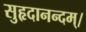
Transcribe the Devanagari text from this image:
सुहृदानन्दम्‌।